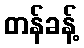
တန်ခန့်